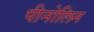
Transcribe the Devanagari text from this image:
पीनोलिन